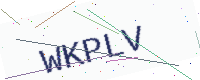
Text: WKPLV